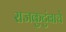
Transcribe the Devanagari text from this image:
राजकुटुंबाचे